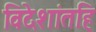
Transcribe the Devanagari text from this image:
विदेशांतहि